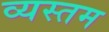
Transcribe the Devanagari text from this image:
व्यस्तम